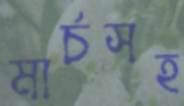
মার্চসহ